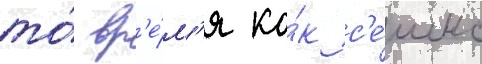
то́ вр'е́м'я ка́к с'е́шнс